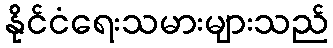
နိုင်ငံရေးသမားများသည်